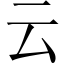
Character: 云